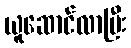
ယူဆောင်လာပြီး